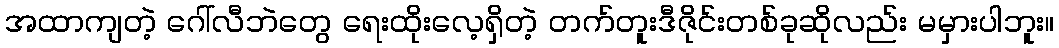
အထာကျတဲ့ ဂေါ်လီဘဲတွေ ရေးထိုးလေ့ရှိတဲ့ တက်တူးဒီဇိုင်းတစ်ခုဆိုလည်း မမှားပါဘူး။